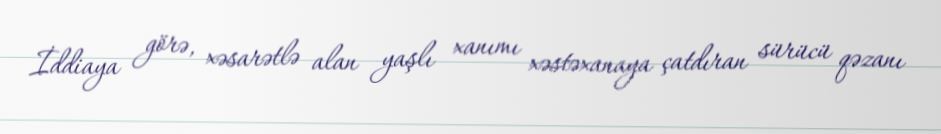
İddiaya görə, xəsarətlə alan yaşlı xanımı xəstəxanaya çatdıran sürücü qəzanı